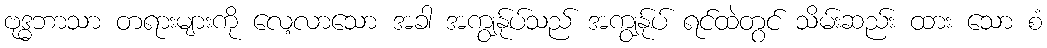
ဗုဒ္ဓဘာသာ တရားများကို လေ့လာသော အခါ အကျွန်ုပ်သည် အကျွန်ုပ် ရင်ထဲတွင် သိမ်းဆည်း ထား သော စံ